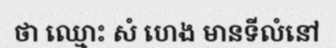
ថា ឈ្មោះ សំ ហេង មានទីលំនៅ